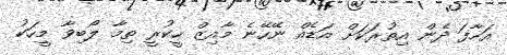
އަހާފަ ދެން އިތުރަކަށް އަޑެއް ނޭހޭނެ މާއިޒް ހީކުރީ ތިމާ ލޯބިވާ މީހަކު